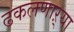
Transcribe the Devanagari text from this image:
ढकलणाऱ्या